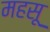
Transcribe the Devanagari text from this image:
महसू